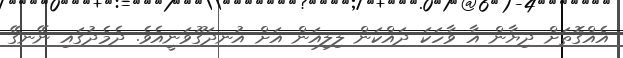
އެއްގޮތަށް ދިޔާން އާ ވާހަކަ ދައްކަން ލިލިއަން އަށް އުނދަގޫވަނީއެވެ. ދެމެދުގައި ނޭނގޭ